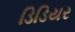
ડિડિયર